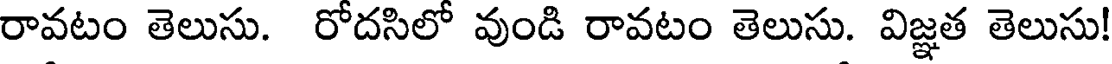
రావటం తెలుసు. రోదసిలో వుండి రావటం తెలుసు. విజ్ఞత తెలుసు!